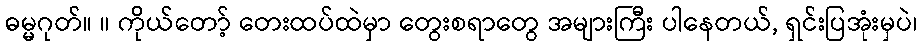
ဓမ္မဂုတ်။ ။ ကိုယ်တော့် တေးထပ်ထဲမှာ တွေးစရာတွေ အများကြီး ပါနေတယ်, ရှင်းပြအုံးမှပဲ၊